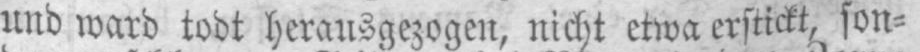
und ward todt herausgezogen, nicht etwa erstickt, son⸗